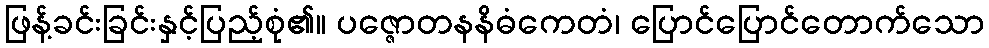
ဖြန့်ခင်းခြင်းနှင့်ပြည့်စုံ၏။ ပဇ္ဇောတနနိဓံကေတံ၊ ပြောင်ပြောင်တောက်သော